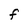
Character: F